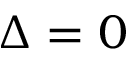
\Delta = 0